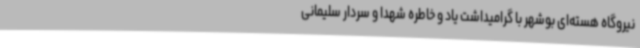
نیروگاه هسته‌ای بوشهر با گرامیداشت یاد و خاطره شهدا و سردار سلیمانی